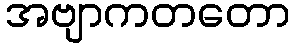
အဗျာကတတော